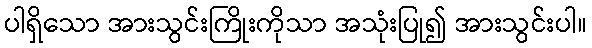
ပါရှိသော အားသွင်းကြိုးကိုသာ အသုံးပြု၍ အားသွင်းပါ။